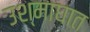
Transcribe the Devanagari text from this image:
उश्माघात